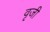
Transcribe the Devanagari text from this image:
वृजी